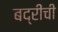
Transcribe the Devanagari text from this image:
बद्रींची